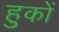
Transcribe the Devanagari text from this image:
हुकों